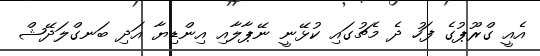
އެއީ ގްރޫޕުގެ ފަހު ދެ މެޗުގައި ކުޅޭނީ ނޭޕާލާއި އިންޑިޔާ އަދި ބަނގްލަދޭޝް